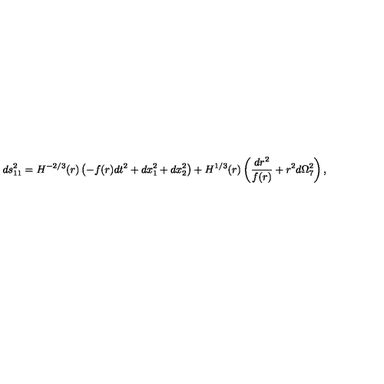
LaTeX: d s _ { 1 1 } ^ { 2 } = H ^ { - 2 / 3 } ( r ) \left( - f ( r ) d t ^ { 2 } + d x _ { 1 } ^ { 2 } + d x _ { 2 } ^ { 2 } \right) + H ^ { 1 / 3 } ( r ) \left( \frac { d r ^ { 2 } } { f ( r ) } + r ^ { 2 } d \Omega _ { 7 } ^ { 2 } \right) ,